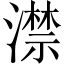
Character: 澿